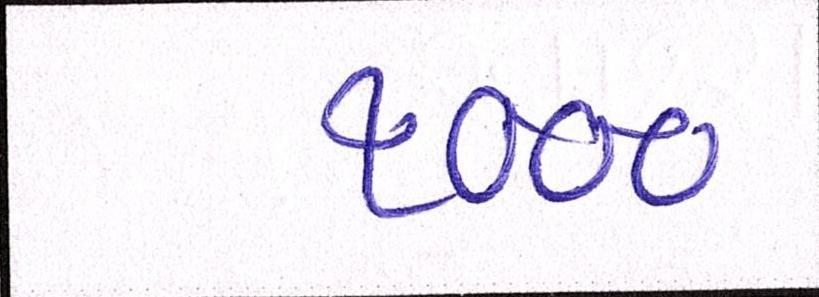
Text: ૧૦૦૦